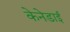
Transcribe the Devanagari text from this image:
केनेडाई